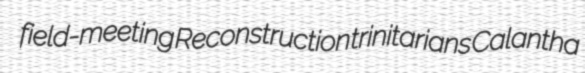
field-meeting Reconstruction trinitarians Calantha